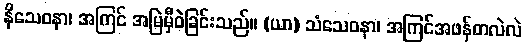
နိသေဝနာ၊ အကြင် အမြဲမှီဝဲခြင်းသည်။ (ယာ) သံသေဝနာ၊ အကြင်အဖန်တလဲလဲ